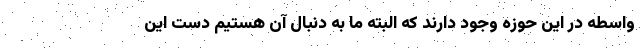
واسطه در این حوزه وجود دارند که البته ما به دنبال آن هستیم دست این